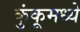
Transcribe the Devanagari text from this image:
कुंकूमध्ये